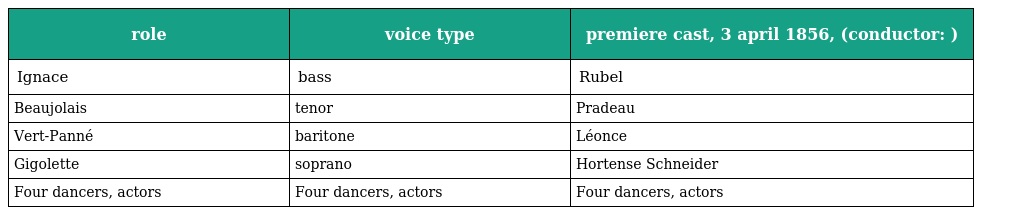
| role | voice type | premiere cast, 3 april 1856, (conductor: ) |
 | --- | --- | --- |
 | Ignace | bass | Rubel |
 | Beaujolais | tenor | Pradeau |
 | Vert-Panné | baritone | Léonce |
 | Gigolette | soprano | Hortense Schneider |
 | Four dancers, actors | Four dancers, actors | Four dancers, actors |